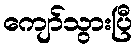
ကျော်သွားပြီ